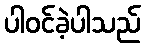
ပါဝင်ခဲ့ပါသည်